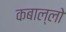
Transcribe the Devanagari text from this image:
कबाल्लो